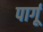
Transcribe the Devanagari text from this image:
पार्गू